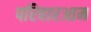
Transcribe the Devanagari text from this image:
परिवारआम